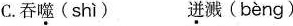
C.吞噬(shì) 迸溅(bèng)